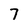
Character: 7